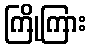
ကြိုကြား